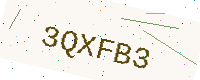
Text: 3QXFB3